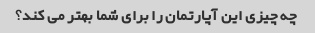
چه چیزی این آپارتمان را برای شما بهتر می کند؟